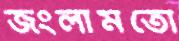
জংলামতো